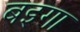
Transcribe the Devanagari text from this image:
बइगा